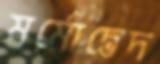
মর্মোদ্ভেদ